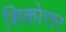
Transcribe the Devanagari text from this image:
शिकोत्तर